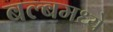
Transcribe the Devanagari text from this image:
बल्बमध्ये